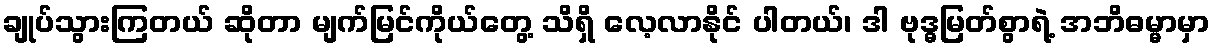
ချုပ်သွားကြတယ် ဆိုတာ မျက်မြင်ကိုယ်တွေ့ သိရှိ လေ့လာနိုင် ပါတယ်၊ ဒါ ဗုဒ္ဓမြတ်စွာရဲ့ အဘိဓမ္မာမှာ